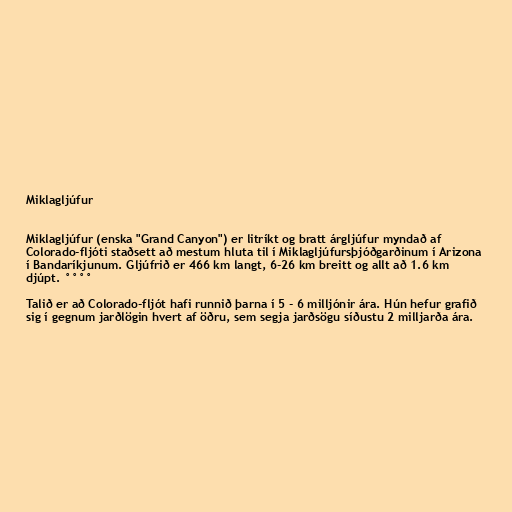
Miklagljúfur

Miklagljúfur (enska "Grand Canyon") er litríkt og bratt árgljúfur myndað af
Colorado-fljóti staðsett að mestum hluta til í Miklagljúfursþjóðgarðinum í Arizona
í Bandaríkjunum. Gljúfrið er 466 km langt, 6-26 km breitt og allt að 1.6 km
djúpt. °°°°

Talið er að Colorado-fljót hafi runnið þarna í 5 - 6 milljónir ára. Hún hefur grafið
sig í gegnum jarðlögin hvert af öðru, sem segja jarðsögu síðustu 2 milljarða ára.